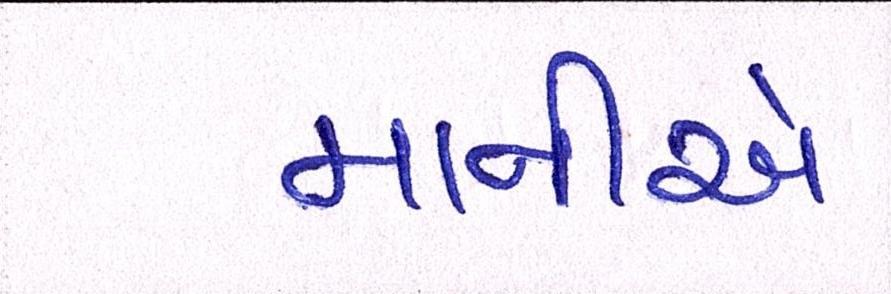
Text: માનીએ